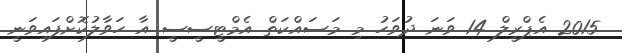
2015 އެޕްރީލް 14 ވަނަ ދުވަހު މި މަސައްކަތް އެމްޓީސީސީ އާ ހަވާލުކޮށްފައިވަނީ